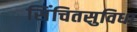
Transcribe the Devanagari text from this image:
सिंचितसुविधा